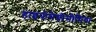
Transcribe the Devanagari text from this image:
हाइपोमैग्नीसीमिया